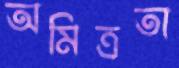
অমিত্রতা